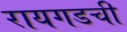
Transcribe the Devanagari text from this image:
रायगडची